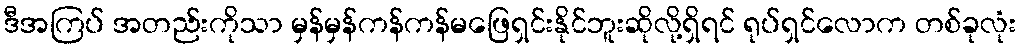
ဒီအကြပ် အတည်းကိုသာ မှန်မှန်ကန်ကန်မဖြေရှင်းနိုင်ဘူးဆိုလို့ရှိရင် ရုပ်ရှင်လောက တစ်ခုလုံး